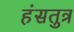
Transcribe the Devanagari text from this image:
हंसतुत्र